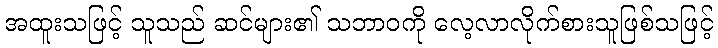
အထူးသဖြင့် သူသည် ဆင်များ၏ သဘာဝကို လေ့လာလိုက်စားသူဖြစ်သဖြင့်